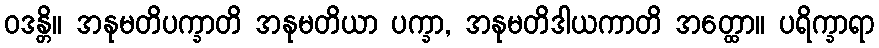
ဝဒန္တိ။ အနုမတိပက္ခာတိ အနုမတိယာ ပက္ခာ, အနုမတိဒါယကာတိ အတ္ထော။ ပရိက္ခာရာ